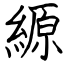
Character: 縓